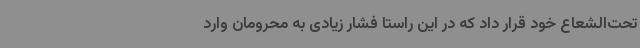
تحت‌الشعاع خود قرار داد که در این راستا فشار زیادی به محرومان وارد